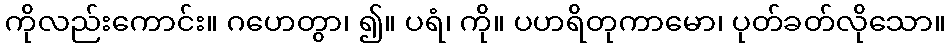
ကိုလည်းကောင်း။ ဂဟေတွာ၊ ၍။ ပရံ၊ ကို။ ပဟရိတုကာမော၊ ပုတ်ခတ်လိုသော။